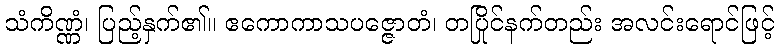
သံကိဏ္ဏံ၊ ပြည့်နှက်၏။ ဧကောကာသပဇ္ဇောတံ၊ တပြိုင်နက်တည်း အလင်းရောင်ဖြင့်